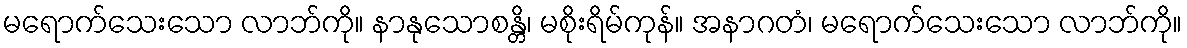
မရောက်သေးသော လာဘ်ကို။ နာနုသောစန္တိ၊ မစိုးရိမ်ကုန်။ အနာဂတံ၊ မရောက်သေးသော လာဘ်ကို။